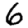
Digit: 6